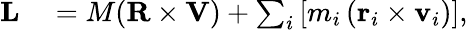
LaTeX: \begin{array}{rl}{\mathbf{L}}&{{}=M(\mathbf{R}\times\mathbf{V})+\sum_{i}\left[m_{i}\left(\mathbf{r}_{i}\times\mathbf{v}_{i}\right)\right],}\end{array}